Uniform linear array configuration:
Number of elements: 64
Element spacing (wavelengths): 0.75
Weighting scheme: binomial
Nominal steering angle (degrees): -15
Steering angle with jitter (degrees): -13.22
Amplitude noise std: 0.05
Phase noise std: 0.05

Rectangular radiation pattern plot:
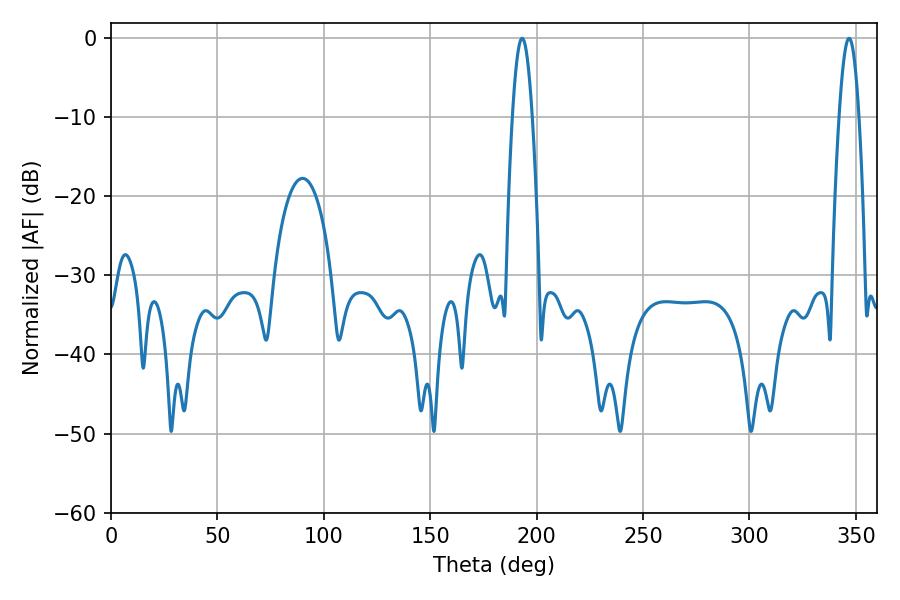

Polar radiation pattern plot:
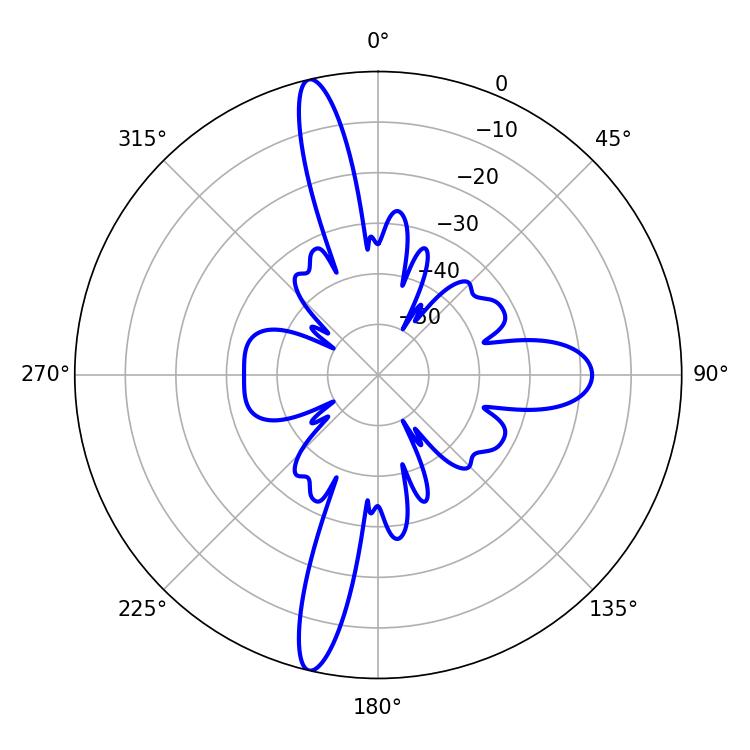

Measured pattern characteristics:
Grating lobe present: TRUE
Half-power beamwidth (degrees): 5.04
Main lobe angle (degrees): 193.14